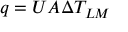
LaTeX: q = U A \Delta T _ { L M }